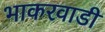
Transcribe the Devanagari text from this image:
भाकरवाडी